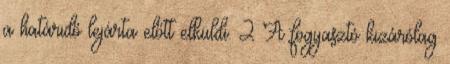
a határidő lejárta előtt elküldi. 2 A fogyasztó kizárólag